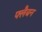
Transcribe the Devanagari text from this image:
फ्लैबन